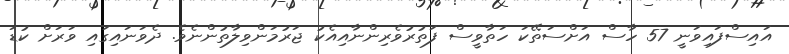
އައިސްފައިވަނީ 57 ހާސް އަށްސަތޭކަ ހަތާވީސް ފަތުރުވެރިންނާއިއެކު ޖަރުމަންވިލާތުންނެވެ. ދެވަނައިގައި ވަރަށް ކުޑަ